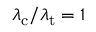
\lambda _ { \mathrm { c } } / \lambda _ { \mathrm { t } } = 1